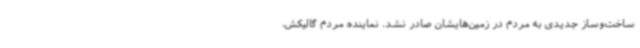
ساخت‌وساز جدیدی به مردم در زمین‌هایشان صادر نشد. نماینده مردم گالیکش،